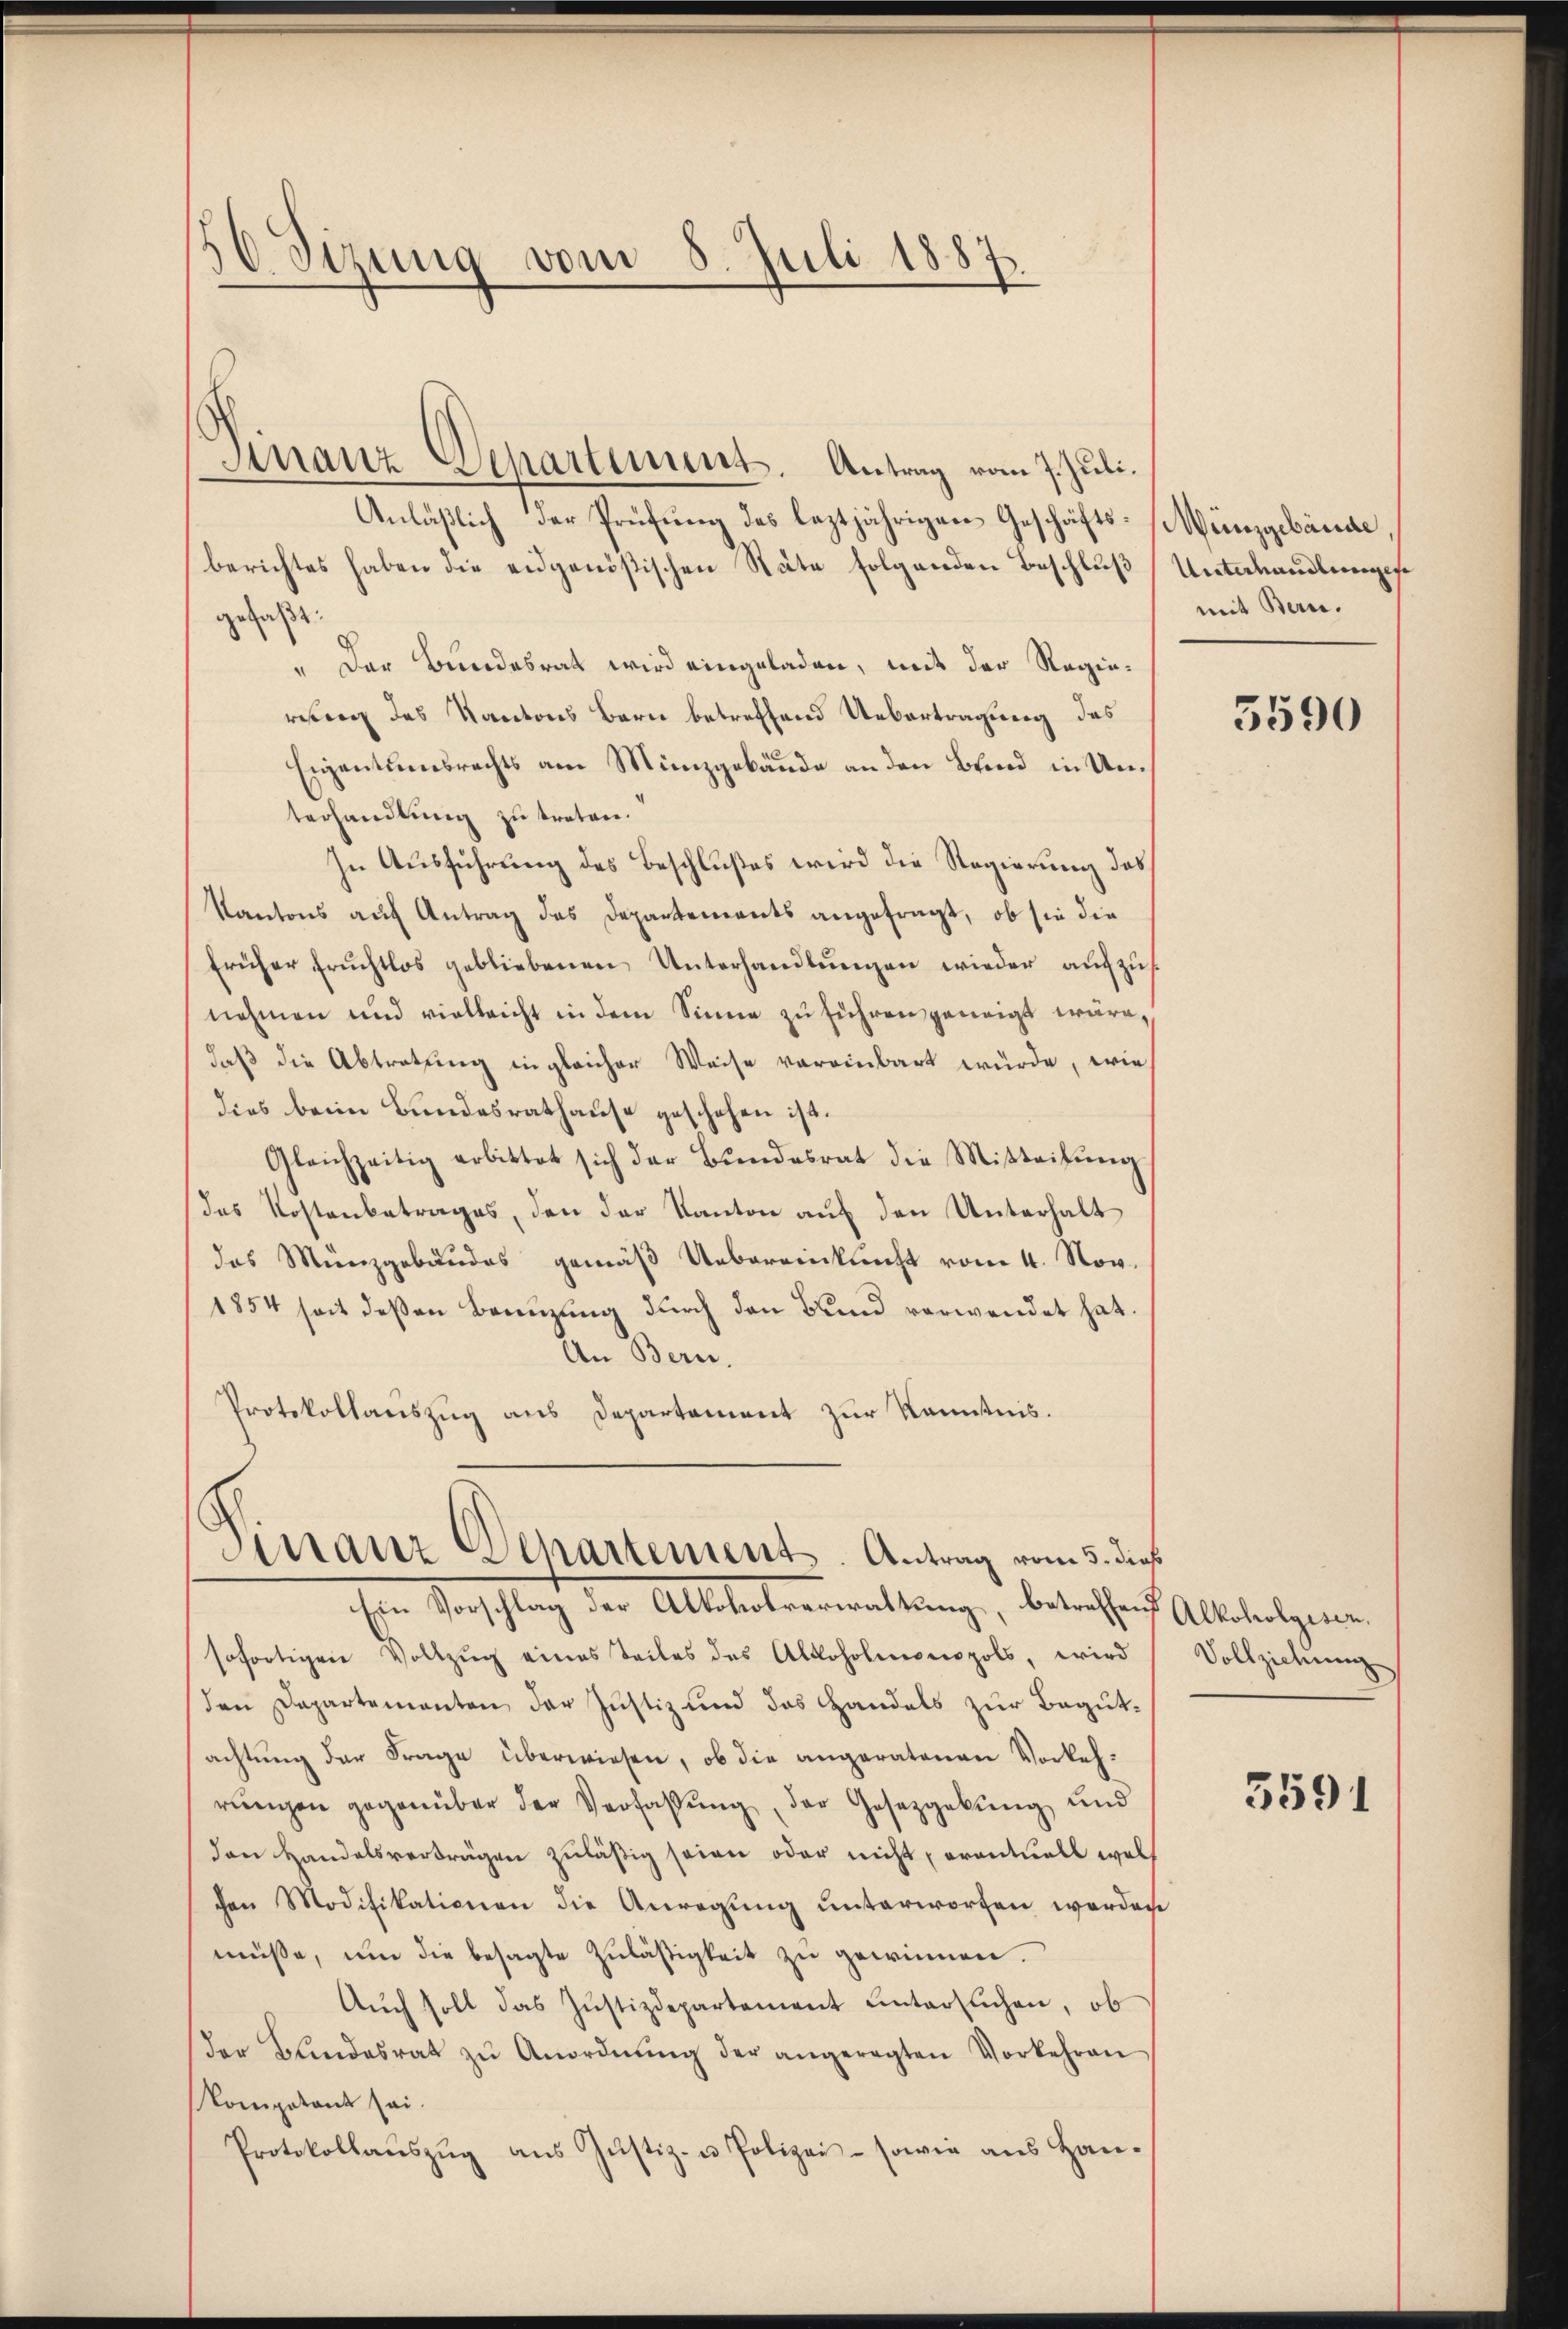
30 Sizung vom 8. Juli 1887.

Finanz Departement. Antrag vom 7. Juli.

Anläßlich der Prüfung des leztjährigen Geschäfts-Wünzgebäude,
berichtes haben die eidgenößischen Stäte folgenden Beschluß (Unterhandlungese
gefaßt:
" Der Bundesrat wird eingeladen, mit der Regierung des Kantons Bern betreffend Uebertragung des
Eigentumsrechts am Münzgebäude an den Blind in Unterhandlung zu treten.
In Ausführung des Beschlußes wird die Regierung des
Kantons auf Antrag des Departements angefragt, ob sie die
früher Früchtlos gebliebenen Unterhandlŭngen wieder aŭfzŭs.
nehmen und vielleicht in dem Sinne zu führen geneigt wäre,
daß die Abtretung in gleicher Weise vereinbart würde, wie
dies beim Bundesrathause geschehen ist.
Gleichzeitig erbittet sich der Bŭndesrat die Mitteilŭng
das Kostenbetrages, den der Kanton auf den Unterhalt
das Münzgebäudes gemäβ Uebereinkunft vom 4. Nov.
1854 seit deßen Branzung durch den Bund verwendet hat.
An Bern.
Protokollauszug aus Departement zur Kenntnis.

Vinanz Departements-Antrag vom 3. dieß
isse Verschlach der Altstetverwaltung, betrefflich Ableben genen

mit Bern.

sofortigen Vollzŭg eines Teiles des Alkoholmonopols, wird Vollziehŭng
(den Departementen der Justiz und das Handels zur Begutachtung der Frage überwiesen, ob die angeratenen Vorkehrŭngen gegenüber der Verfassŭng, der Gesetzgebung und
den Handelsverträgen zuläßig seien oder nicht, eventuell welchen Modifikationen die Anregung unterworfen werden
müsse, um die besagte Zuläßigkeit zu gewinnen.
Aŭch soll das Justizdepartement untersuchen, ob
der Bŭndesrat zŭ Anordnŭng der angeregten Vorkehren
Kompotant sei.
Protokollaŭszŭg aŭs Justiz- u Polizei- sowie aus Han¬

3590

3591